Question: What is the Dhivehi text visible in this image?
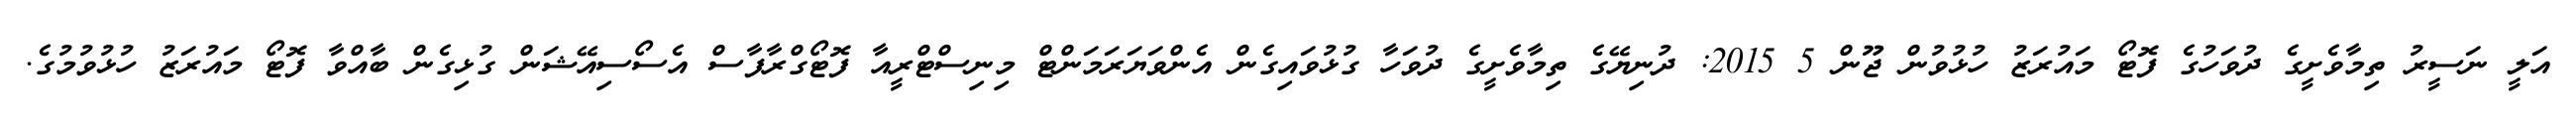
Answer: އަލީ ނަސީރު ތިމާވެށީގެ ދުވަހުގެ ފޮޓޯ މައުރަޒު ހުޅުވުން ޖޫން 5 2015: ދުނިޔޭގެ ތިމާވެށީގެ ދުވަހާ ގުޅުވައިގެން އެންވަޔަރަމަންޓް މިނިސްޓްރީއާ ފޮޓޯގްރާފާސް އެސޯސިއޭޝަން ގުޅިގެން ބާއްވާ ފޮޓޯ މައުރަޒު ހުޅުވުމުގެ.